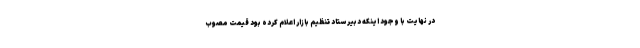
در نهایت با وجود اینکه دبیر ستاد تنظیم بازار اعلام کرده بود قیمت مصوب